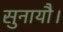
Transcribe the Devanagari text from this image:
सुनायौ।